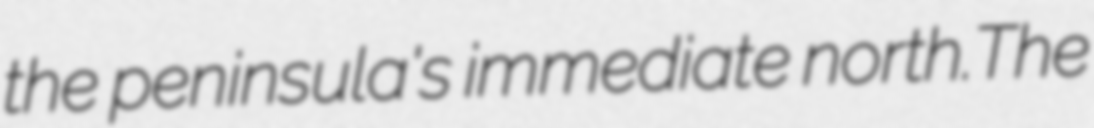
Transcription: the peninsula's immediate north.The